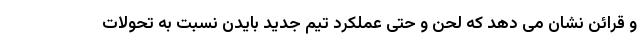
و قرائن نشان می دهد که لحن و حتی عملکرد تیم جدید بایدن نسبت به تحولات